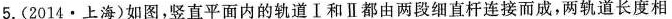
5.(2014·上海)如图，竖直平面内的轨道Ⅰ和Ⅱ都由两段细直杆连接而成，两轨道长度相